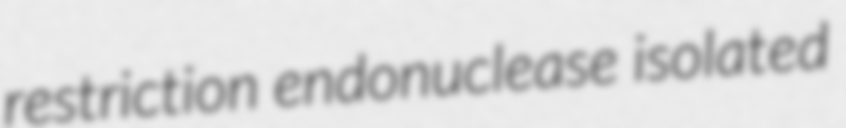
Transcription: restriction endonuclease isolated